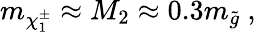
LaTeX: m_{\chi_{1}^{\pm}}\approx M_{2}\approx 0.3m_{\tilde{g}}\ ,